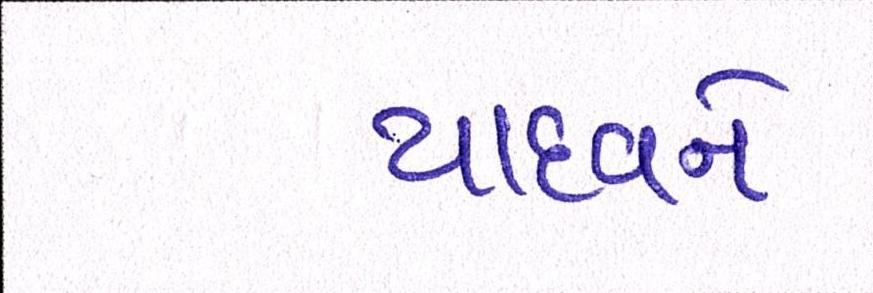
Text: યાદવને